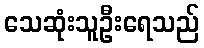
သေဆုံးသူဦးရေသည်